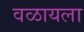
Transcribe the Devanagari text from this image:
वळायला